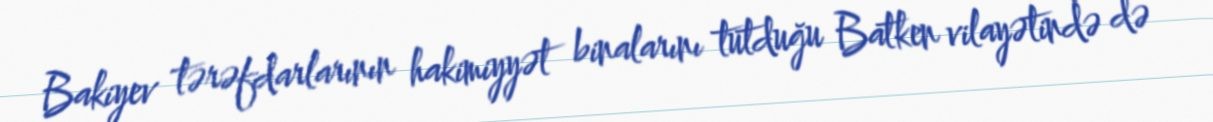
Bakiyev tərəfdarlarının hakimiyyət binalarını tutduğu Batken vilayətində də